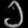
Digit: ၁